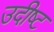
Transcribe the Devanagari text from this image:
उदीष्ट